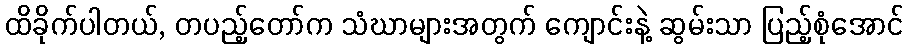
ထိခိုက်ပါတယ်, တပည့်တော်က သံဃာများအတွက် ကျောင်းနဲ့ ဆွမ်းသာ ပြည့်စုံအောင်